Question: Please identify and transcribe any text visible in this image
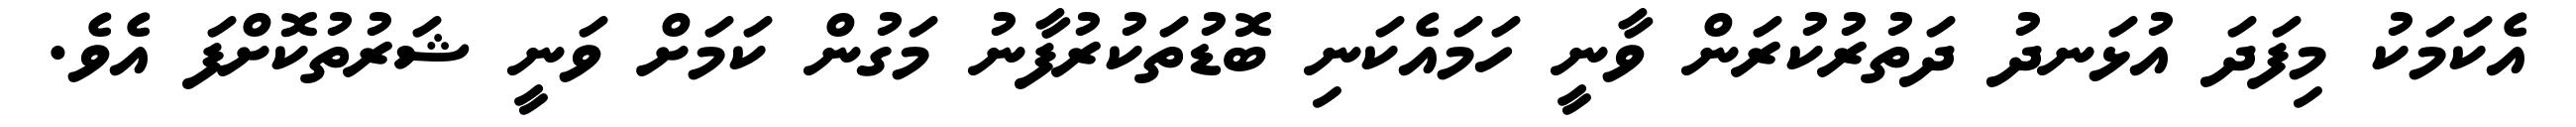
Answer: އެކަމަކު މިފަދަ އުޅަނދު ދަތުރުކުރަން ވާނީ ހަމައެކަނި ބޮޑުތަކުރުފާނު މަގުން ކަމަށް ވަނީ ޝަރުތުކޮށްފަ އެވެ.